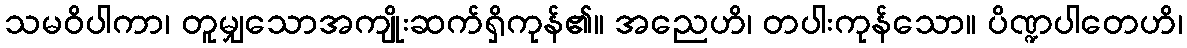
သမဝိပါကာ၊ တူမျှသောအကျိုးဆက်ရှိကုန်၏။ အညေဟိ၊ တပါးကုန်သော။ ပိဏ္ဍပါတေဟိ၊